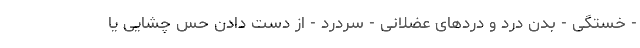
- خستگی - بدن درد و دردهای عضلانی - سردرد - از دست دادن حس چشایی یا